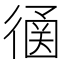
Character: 𢕠